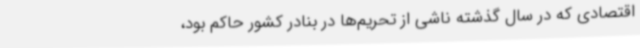
اقتصادی که در سال گذشته ناشی از تحریم‌ها در بنادر کشور حاکم بود،